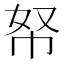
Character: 帑